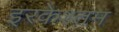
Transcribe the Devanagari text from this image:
इरकेश्तम